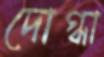
দোগ্ধা